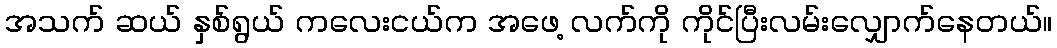
အသက် ဆယ် နှစ်ရွယ် ကလေးငယ်က အဖေ့ လက်ကို ကိုင်ပြီးလမ်းလျှောက်နေတယ်။